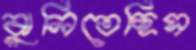
ঝুলিতেছিস